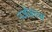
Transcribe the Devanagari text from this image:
नजीबच्या